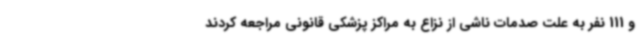
و 111 نفر به علت صدمات ناشی از نزاع به مراکز پزشکی قانونی مراجعه کردند